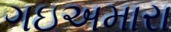
ગઇઅમારા